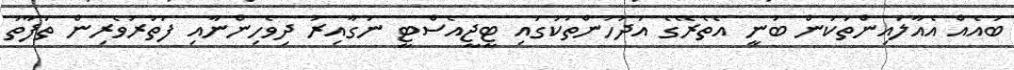
ބައެއް އެއާލައިންތަކުން ބުނީ އެތެރޭގެ އުދުހުންތަކުގައި ޓީޖީއެސްޓީ ނަގާއިރު ދިވެހިންނާއި ފަތުރުވެރިން ތަފާތު